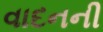
વાદનની